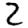
Digit: 2